Vaccination in Bombay 1869-1873 - 1869-1873
Year: 1869
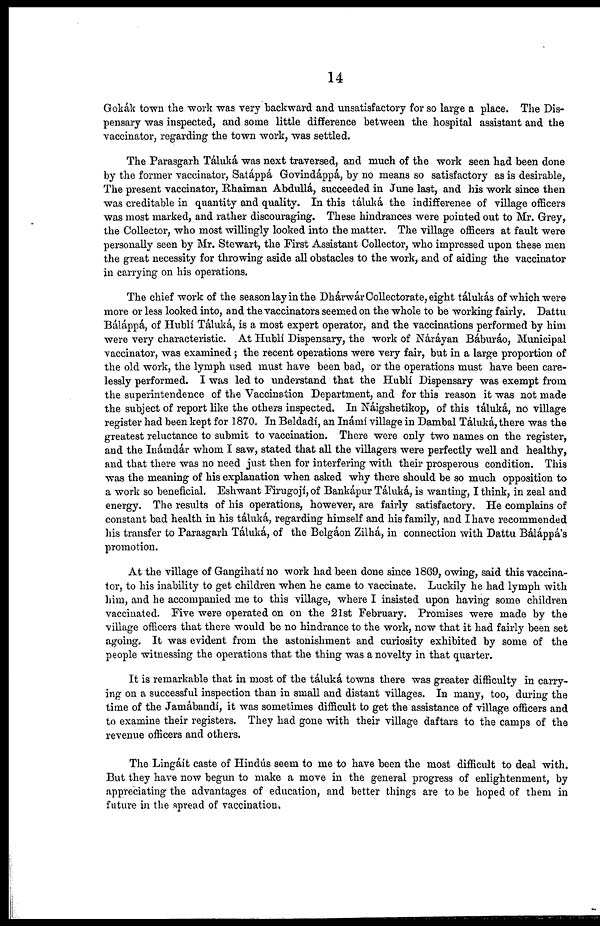
14
Gokák town the work was very backward and unsatisfactory for so large a place. The Dis-
pensary was inspected, and some little difference between the hospital assistant and the
vaccinator, regarding the town work, was settled.
The Parasgarh Táluká was next traversed, and much of the work seen had been done
by the former vaccinator, Satáppá Govindáppá, by no means so satisfactory as is desirable,
The present vaccinator, Rhaiman Abdullá, succeeded in June last, and his work since then
was creditable in quantity and quality. In this táluká the indifferenee of village officers
was most marked, and rather discouraging. These hindrances were pointed out to Mr. Grey,
the Collector, who most willingly looked into the matter. The village officers at fault were
personally seen by Mr. Stewart, the First Assistant Collector, who impressed upon these men
the great necessity for throwing aside all obstacles to the work, and of aiding the vaccinator
in carrying on his operations.
The chief work of the season lay in the Dhárwár Collectorate, eight tálukás of which were
more or less looked into, and the vaccinators seemed on the whole to be working fairly. Dattu
Báláppá, of Hublí Táluká, is a most expert operator, and the vaccinations performed by him
were very characteristic. At Hublí Dispensary, the work of Náráyan Báburáo, Municipal
vaccinator, was examined ; the recent operations were very fair, but in a large proportion of
the old work, the lymph used must have been bad, or the operations must have been care-
lessly performed. I was led to understand that the Hubli Dispensary was exempt from
the superintendence of the Vaccination Department, and for this reason it was not made
the subject of report like the others inspected. In Náigshetikop, of this táluká, no village
register had been kept for 1870. In Beldadi, an Inámí village in Dambal Táluká, there was the
greatest reluctance to submit to vaccination. There were only two names on the register,
and the Inámdár whom I saw, stated that all the villagers were perfectly well and healthy,
and that there was no need just then for interfering with their prosperous condition. This
was the meaning of his explanation when asked why there should be so much opposition to
a work so beneficial. Eshwant Firugojí, of Bankápur Táluká, is wanting, I think, in zeal and
energy. The results of his operations, however, are fairly satisfactory. He complains of
constant bad health in his táluká, regarding himself and his family, and I have recommended
his transfer to Parasgarh Táluká, of the Belgáon Zilhá, in connection with Dattu Báláppá's
promotion.
At the village of Gangihati no work had been done since 1869, owing, said this vaccina-
tor, to his inability to get children when he came to vaccinate. Luckily he had lymph with
him, and he accompanied me to this village, where I insisted upon having some children
vaccinated. Five were operated on on the 21st February. Promises were made by the
village officers that there would be no hindrance to the work, now that it had fairly been set
agoing. It was evident from the astonishment and curiosity exhibited by some of the
people witnessing the operations that the thing was a novelty in that quarter.
It is remarkable that in most of the táluká towns there was greater difficulty in carry-
ing on a successful inspection than in small and distant villages. In many, too, during the
time of the Jamábandi, it was sometimes difficult to get the assistance of village officers and
to examine their registers. They had gone with their village daftars to the camps of the
revenue officers and others.
The Lingáít caste of Hindús seem to me to have been the most difficult to deal with.
But they have now begun to make a move in the general progress of enlightenment, by
appreciating the advantages of education, and better things are to be hoped of them in
future in the spread of vaccination.